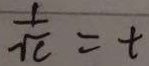
\frac { 1 } { \sqrt { c } } = t